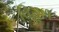
વિહળ